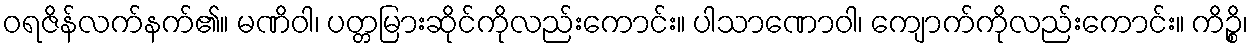
ဝရဇိန်လက်နက်၏။ မဏိဝါ၊ ပတ္တမြားဆိုင်ကိုလည်းကောင်း။ ပါသာဏောဝါ၊ ကျောက်ကိုလည်းကောင်း။ ကိဉ္စိ၊